Laidoner,_Johan, lk 133
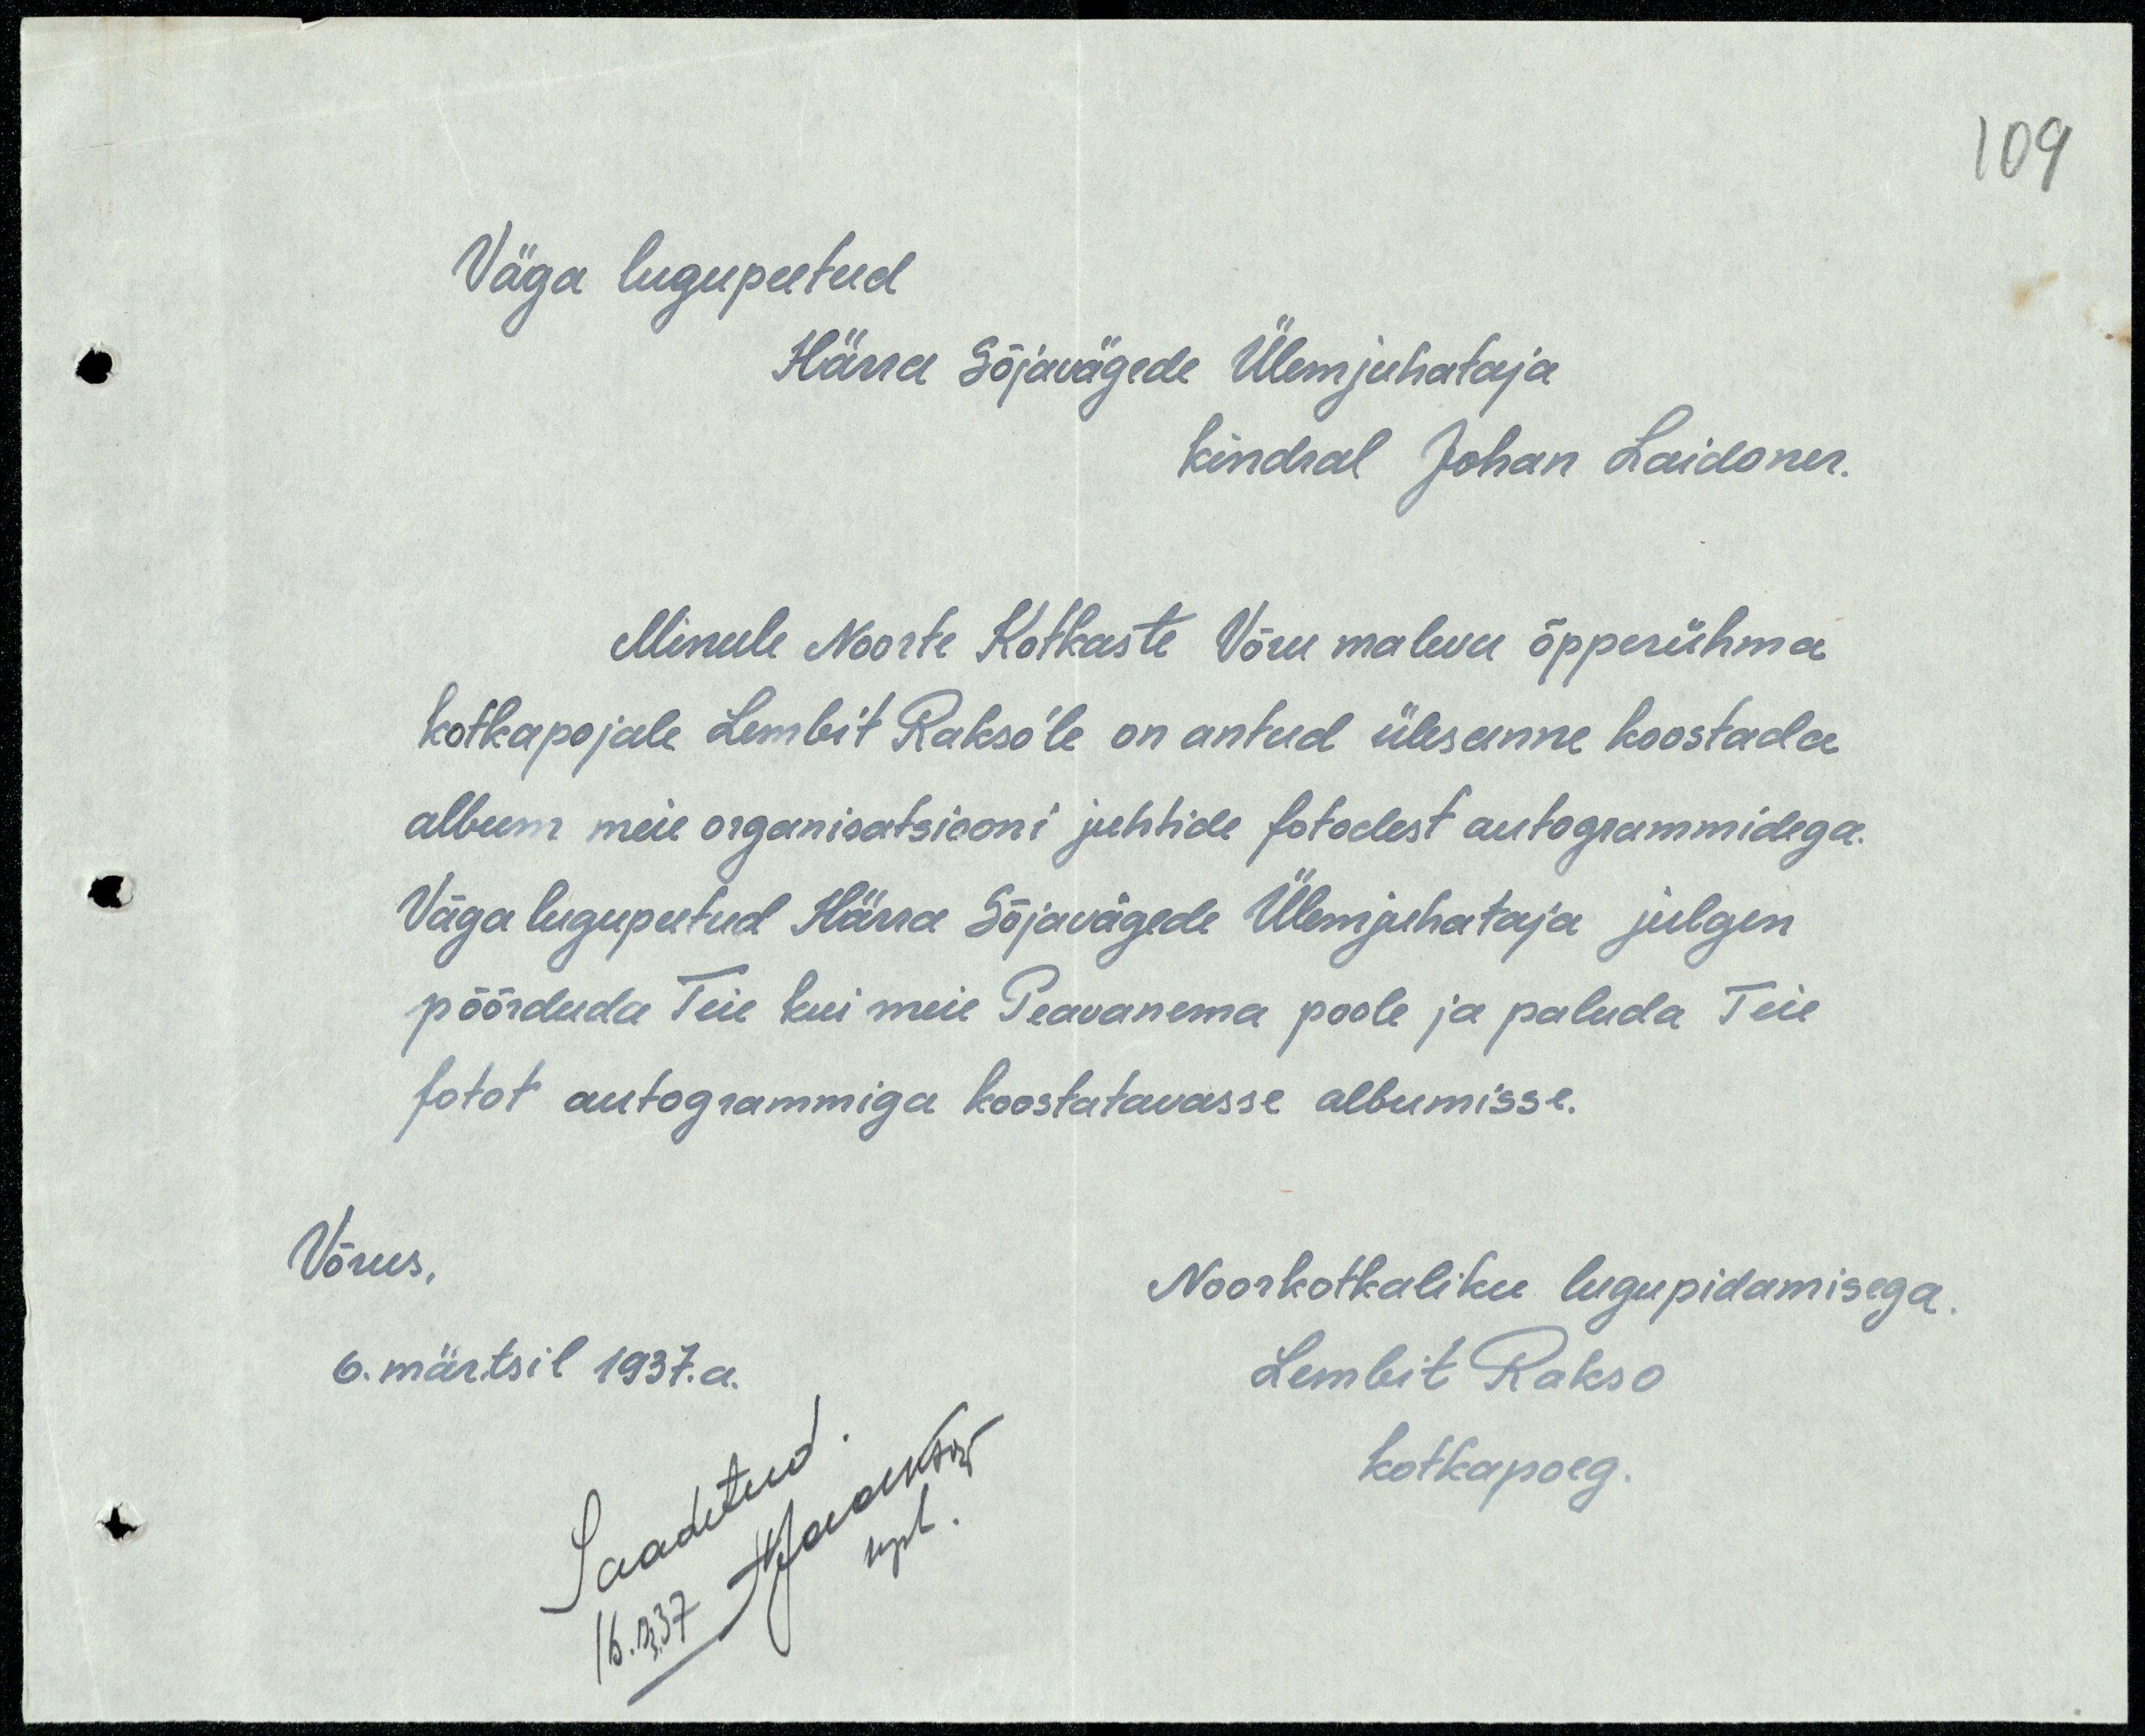
Väga lugupeetud
Härra Sõjavägede Ülemjuhataja
Kindral Johan Laidoner.
Minule Noorte Kotkaste Võru maleva õpperühma,
kotkapojale Lembit Rakso'le on antud ülesanne koostada
album meie organisatsiooni juhtide fotodest autogrammidega.
Väga lugupeetud Härra Sõjavägede Ülemjuhataja julgen
pöörduda Teie kui meie Peavanema poole ja paluda Teie
fotot autogrammiga koostatavasse albumisse.
Võrus
Noorkotkaliku lugupidamisega.
6. märtsil 1937.a.
Lembit Rakso
kotkapoeg.
Saadetud
16.03.37 HJaakson

109